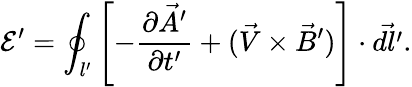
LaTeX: \mathcal E^{\prime}=\oint_{l^{\prime}}\left[-\frac{\partial\vec{A}^{\prime}}{\partial t^{\prime}}+(\vec{V}\times\vec{B}^{\prime})\right]\cdot\vec{dl^{\prime}}.